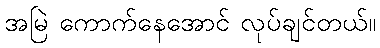
အမြဲ ကောက်နေအောင် လုပ်ချင်တယ်။